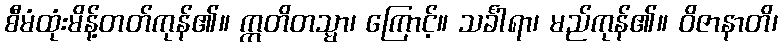
စီမံထုံးမိန့်တတ်ကုန်၏။ ဣတိတသ္မာ၊ ကြောင့်။ သင်္ခါရာ၊ မည်ကုန်၏။ ဝိဇာနာတိ၊